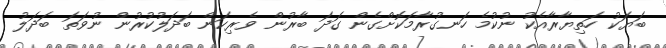
ބަޔަކު ހަތިޔާރާއެކު ނުކުމެ ހަނގުރާމަކޮށްގެން ގަދަ ބާރުން ވެރިކަން ބަދަލުކުރުން ނުވަތަ ބަދަލު